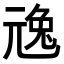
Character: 𠒢